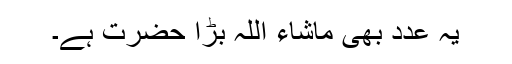
یہ عدد بھی ماشاء اللہ بڑا حضرت ہے۔